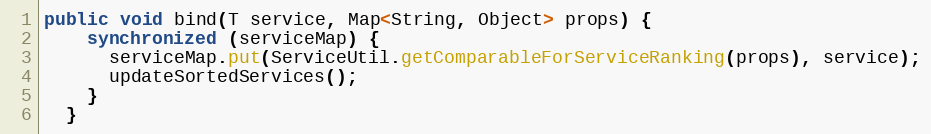
Language: Java
public void bind(T service, Map<String, Object> props) {
    synchronized (serviceMap) {
      serviceMap.put(ServiceUtil.getComparableForServiceRanking(props), service);
      updateSortedServices();
    }
  }